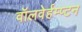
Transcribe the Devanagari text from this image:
वॉलवेर्हम्प्टन